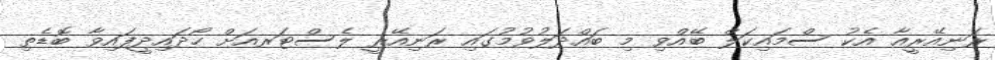
ރަނިއޭރީއާ އެކު ސްމައިކަލް ބޭއްވި މި ބައްދަލުވުމުގައި ރަނިއޭރީ ލެސްޓަރއަށް ހޯދައިދީފައިވާ ބޮޑެތި